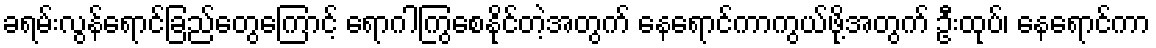
ခရမ်းလွန်ရောင်ခြည်တွေကြောင့် ရောဂါကြွစေနိုင်တဲ့အတွက် နေရောင်ကာကွယ်ဖို့အတွက် ဦးထုပ်၊ နေရောင်ကာ